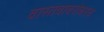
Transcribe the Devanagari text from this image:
वास्तवाबरोबरच